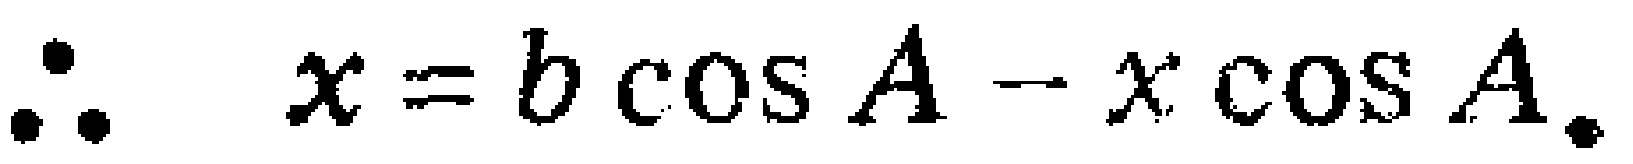
\(\therefore \quad x = b\cos A - x\cos A.\)